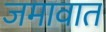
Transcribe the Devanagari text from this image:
जमावात